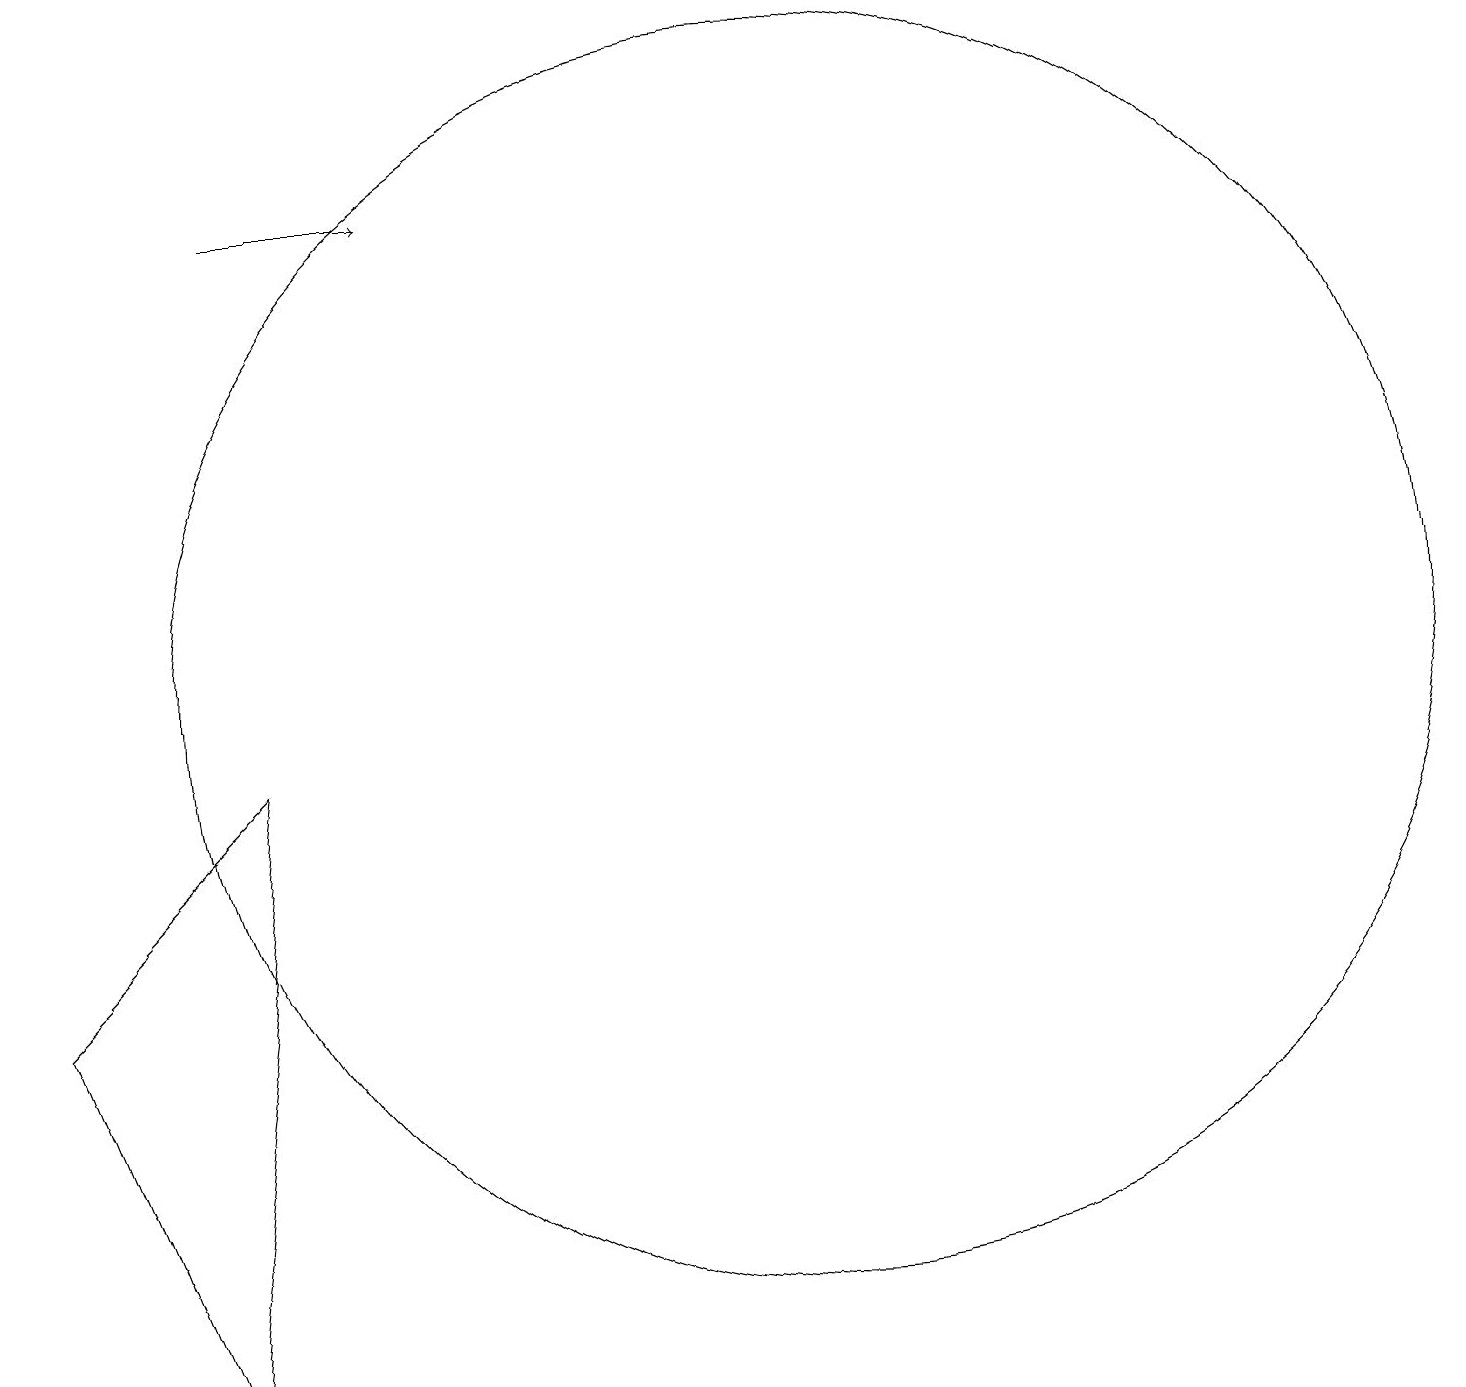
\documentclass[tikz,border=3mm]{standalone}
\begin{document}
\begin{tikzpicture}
\draw (1,6) -- (4,9) -- (3,1) -- cycle;
\draw[->] (4,16) -- (6,16);
\draw (11,10) circle (8);
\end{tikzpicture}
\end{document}